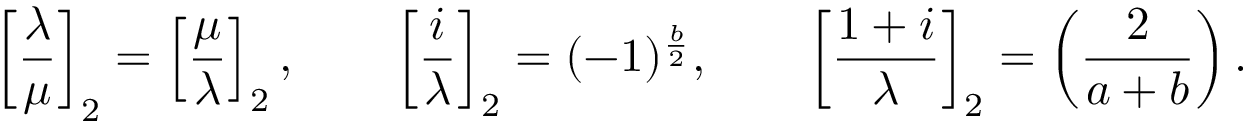
\left[ { \frac { \lambda } { \mu } } \right] _ { 2 } = \left[ { \frac { \mu } { \lambda } } \right] _ { 2 } , \qquad \left[ { \frac { i } { \lambda } } \right] _ { 2 } = ( - 1 ) ^ { \frac { b } { 2 } } , \qquad \left[ { \frac { 1 + i } { \lambda } } \right] _ { 2 } = \left( { \frac { 2 } { a + b } } \right) .